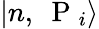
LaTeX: |n,\mathrm{~\mathbf~P~}_{i}\rangle